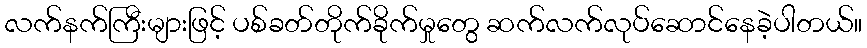
လက်နက်ကြီးများဖြင့် ပစ်ခတ်တိုက်ခိုက်မှုတွေ ဆက်လက်လုပ်ဆောင်နေခဲ့ပါတယ်။